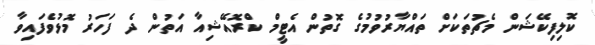
ކޮލިފިކޭޝަން މެޗުތަކަށް ތައްޔާރުވުމުގެ ގޮތުން އެޓީމް ކްރޮއޭޝިއާ އަތުން ދެ ފަހަރު މޮޅުވެފައިވާ